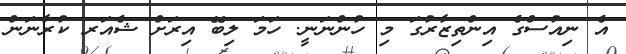
އެ ނިއުސްގެ އިންތިޒާރުގަ މި ހުންނަނީ. ހަމަ ލިބޭ އިރަށް ޝެއަރ ކުރާނަން